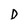
Character: D